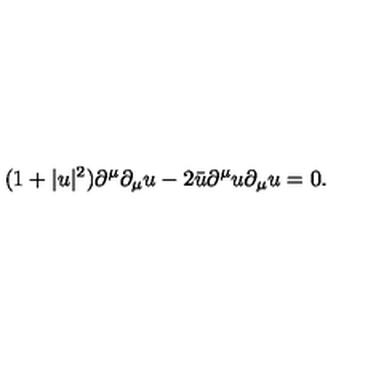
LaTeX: ( 1 + | u | ^ { 2 } ) \partial ^ { \mu } \partial _ { \mu } u - 2 \bar { u } \partial ^ { \mu } u \partial _ { \mu } u = 0 .